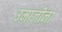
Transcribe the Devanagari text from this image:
उमाजीना